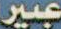
عبير